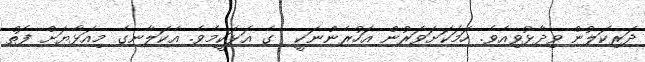
ދަރިކަލުން ވިދާޅުވިއެވެ. ހަމަކަށަވަރުން އަހުރެންނަކީ  ގެ އަޅަކީމެވެ. އެކަލާނގެ މިއަޅާޔަށް ފޮތް